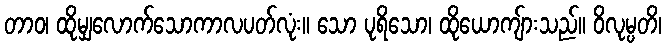
တာဝ၊ ထိုမျှလောက်သောကာလပတ်လုံး။ သော ပုရိသော၊ ထိုယောကျ်ားသည်။ ဝိလုမ္ပတိ၊